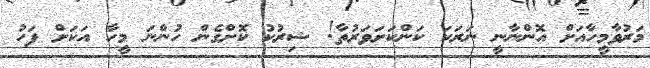
މަރުވާމީހާއަށް އޮންނާނީ ނަރަކަ ކަންކަށަވަރުތާ! ޝިރުކު ކޮށްގެން ހުންނަ މީހާ އަކަށް ފަހު